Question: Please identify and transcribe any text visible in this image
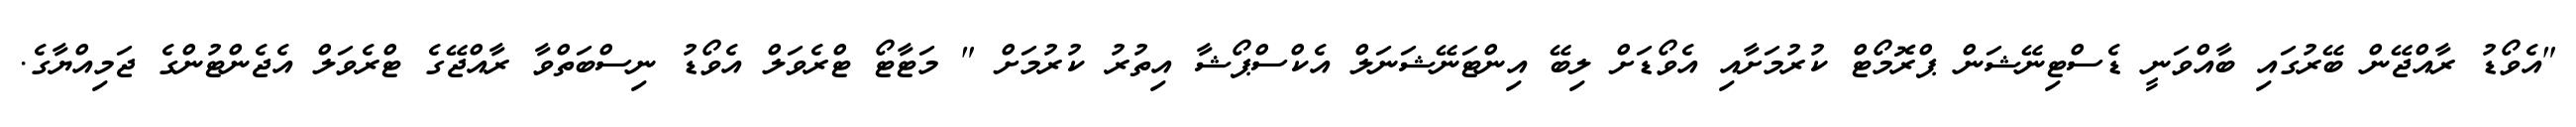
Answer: "އެވޯޑު ރާއްޖޭން ބޭރުގައި ބާއްވަނީ ޑެސްޓިނޭޝަން ޕްރޮމޯޓް ކުރުމަށާއި އެވޯޑަށް ލިބޭ އިންޓަނޭޝަނަލް އެކްސްޕޯޝާ އިތުރު ކުރުމަށް " މަޓާޓޯ ޓްރެވަލް އެވޯޑު ނިސްބަތްވާ ރާއްޖޭގެ ޓްރެވަލް އެޖެންޓުންގެ ޖަމިއްޔާގެ.